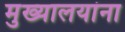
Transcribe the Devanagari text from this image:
मुख्यालयांना